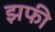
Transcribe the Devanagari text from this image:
झफी